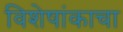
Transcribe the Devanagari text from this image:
विशेषांकाचा